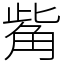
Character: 觜